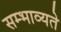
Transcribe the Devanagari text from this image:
सम्भाव्यते